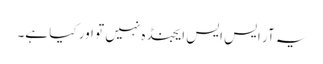
یہ آر ایس ایس ایجنڈہ نہیں تو اور کیا ہے۔